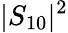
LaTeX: |S_{10}|^{2}